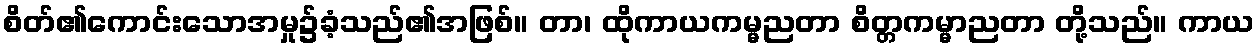
စိတ်၏ကောင်းသောအမှု၌ခံ့သည်၏အဖြစ်။ တာ၊ ထိုကာယကမ္မညတာ စိတ္တကမ္မာညတာ တို့သည်။ ကာယ